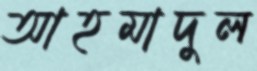
আহমাদুল